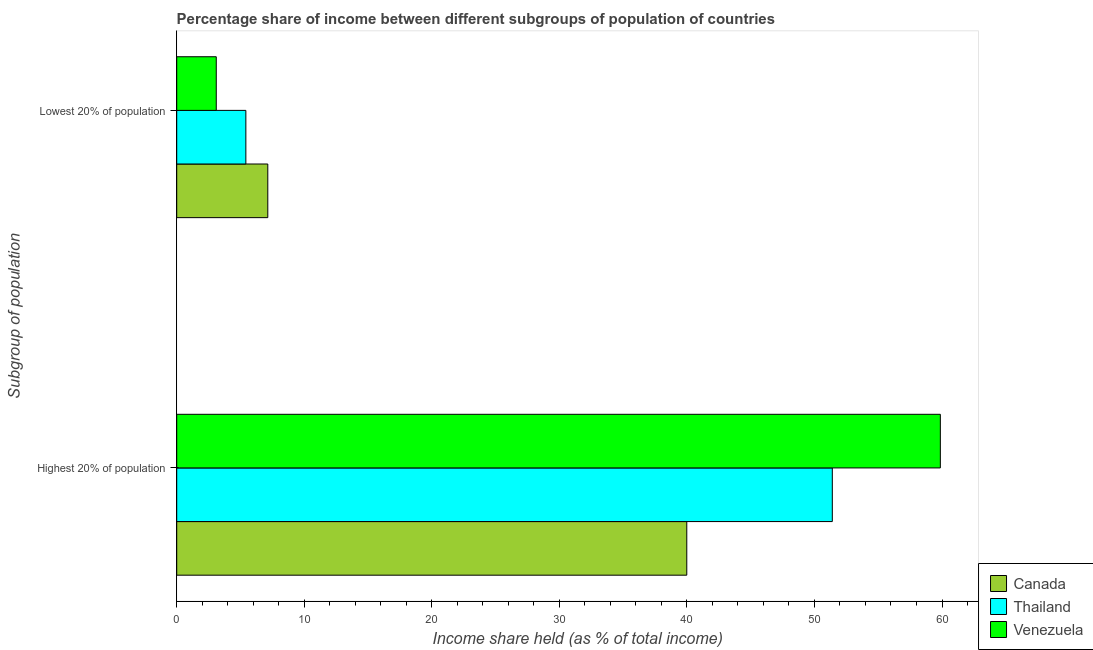
| Subgroup of population | Canada | Thailand | Venezuela |
 | --- | --- | --- | --- |
 | Highest 20% of population | 40 | 51.4 | 59.9 |
 | Lowest 20% of population | 7.14 | 5.42 | 3.1 |